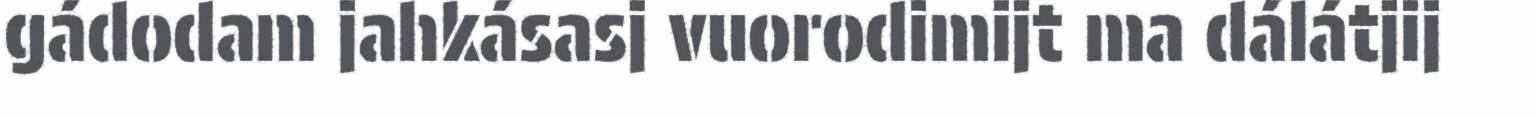
gádodam jahkásasj vuorodimijt ma dálátjij